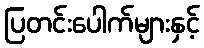
ပြတင်းပေါက်များနှင့်